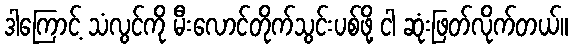
ဒါကြောင့် သံလွင်ကို မီးလောင်တိုက်သွင်းပစ်ဖို့ ငါ ဆုံးဖြတ်လိုက်တယ်။